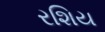
રશિય